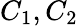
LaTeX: C_{1},C_{2}